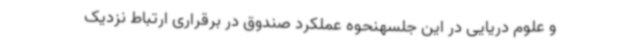
و علوم دریایی در این جلسهنحوه عملکرد صندوق در برقراری ارتباط نزدیک